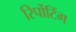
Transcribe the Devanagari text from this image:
रिर्पोटिंग